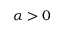
\alpha > 0